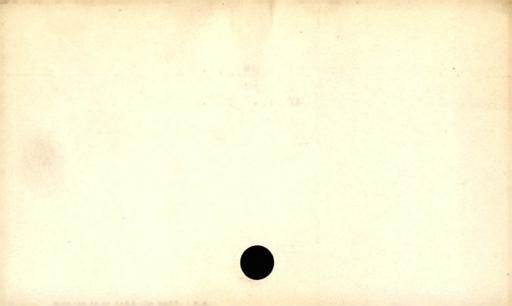
Label: blank